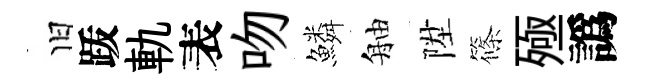
旧䟦軌表吻鱗舳陞篠殛譌